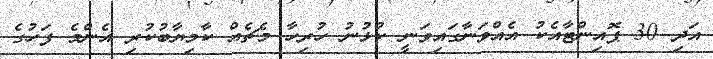
އަދި 30 ޕޮއިންޓާއެކު އެއްވަނާގައިވަނީ ކުޅުނު ހުރިހާ މެޗެއް ކާމިޔާބުކުރި އެންމެ ފަހުގެ